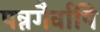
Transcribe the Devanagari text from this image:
पन्नगैर्वापि